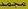
مجمد